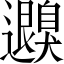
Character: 𦤮